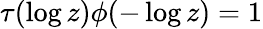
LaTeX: \tau(\log z)\phi(-\log z)=1